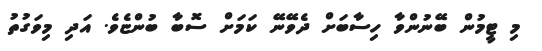
މި ޓީމުން ބޭނުންވާ ހިސާބަށް ދެވޭނޭ ކަމަށް ސޮބާ ބުންޏެވެ. އަދި މިވަގުތު